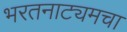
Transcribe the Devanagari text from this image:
भरतनाट्यमचा